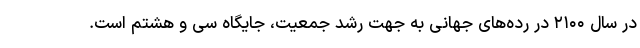
در سال ۲۱۰۰ در رده‌های جهانی به جهت رشد جمعیت، جایگاه سی و هشتم است.